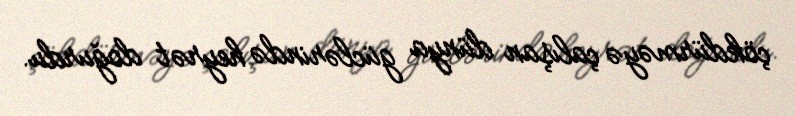
çökdürməyə çalışan dünya güclərində heyrət doğurdu.